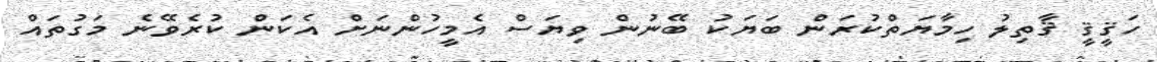
ހަޤީޤީ ޤާތިލު ހިމާޔަތްކުރަން ބަޔަކު ބޭނުން ވިޔަސް އެމީހުންނަށް އެކަން ކުރެވޭނެ މަގުތައް